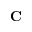
\mathbf { C }